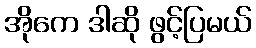
အိုကေ ဒါဆို ဖွင့်ပြမယ်